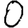
Digit: 0